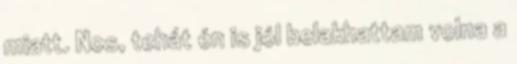
miatt. Nos, tehát én is jól belakhattam volna a